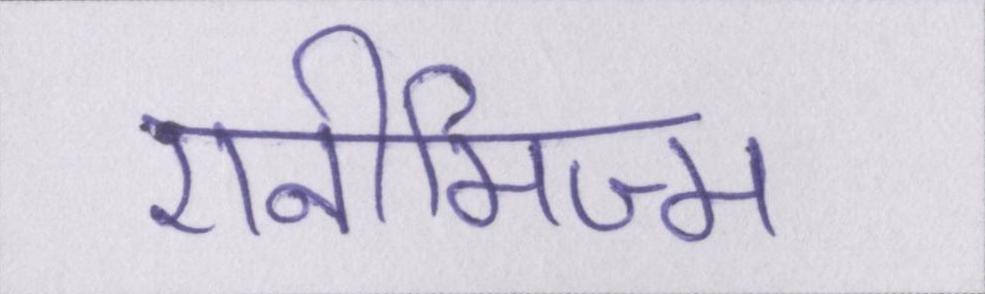
एनीमिज्म